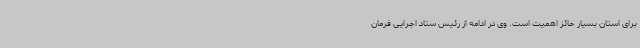
برای استان بسیار حائز اهمیت است. وی در ادامه از رئیس ستاد اجرایی فرمان